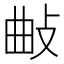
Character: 𢼰